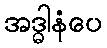
အဒ္ဓါနံပေ